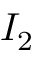
I _ { 2 }